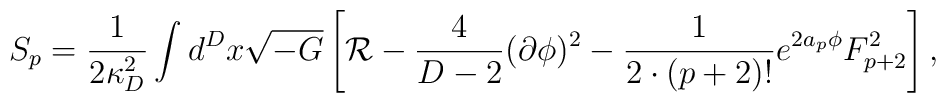
S_p={1\over{2\kappa^2_D}}\int d^Dx\sqrt{-G}\left[{\cal R}-{4\over{D-2}}(\partial\phi)^2-{1\over{2\cdot(p+2)!}}e^{2a_p\phi}F^2_{p+2}\right],